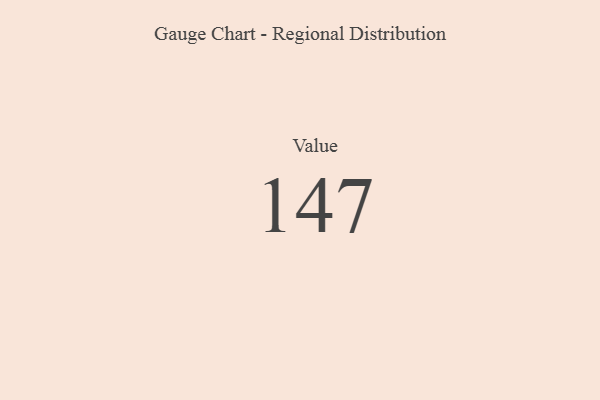
{"axis": {"x": "Metric", "y": "Value"}, "legend": [""], "data": [{"x": "Value", "y": 147, "type": ""}]}